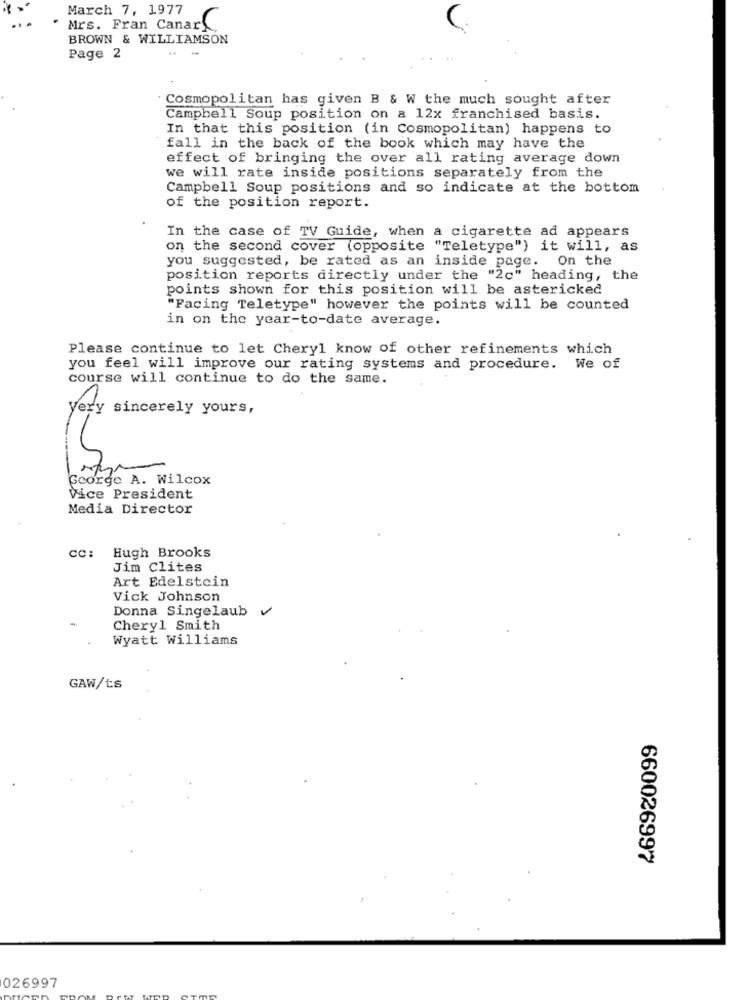
March 7, 1977
Mrs. Fran Canar
BROWN & WILLIAMSON
Page 2
Cosmopolitan has given B & W the much sought after
Campbell Soup position on a 12x franchised basis.
In that this position (in Cosmopolitan) happens to
fall in the back of the book which may have the
effect of bringing the over all rating average down
we will rate inside positions separately from the
Campbell Soup positions and so indicate at the bottom
of the position report.
In the case of TV Guide, when a cigarette ad appears
on the second cover (opposite "Teletype") it will, as
you suggested, be rated as an inside page.
On the
position reports directly under the "2c" heading, the
points shown for this position will be astericked
"Facing Teletype" however the points will be counted
in on the year-to-date average.
Please continue to let Cheryl know of other refinements which
you feel will improve our rating systems and procedure. We of
course will continue to do the same.
Very sincerely yours,
George A. Wilcox
Vice President
Media Director
CC :
Hugh Brooks
Jim Clites
Art Edelstein
Vick Johnson
Donna Singelaub
Cheryl Smith
Wyatt Williams
GAW/ts
660026997
026997